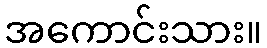
အကောင်းသား။